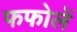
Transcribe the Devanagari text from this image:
फफोलें